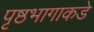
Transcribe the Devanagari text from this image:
पृष्ठभागाकडे